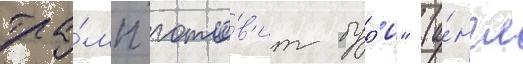
тра́мп гото́в'ит бур'ю" (а́нгл